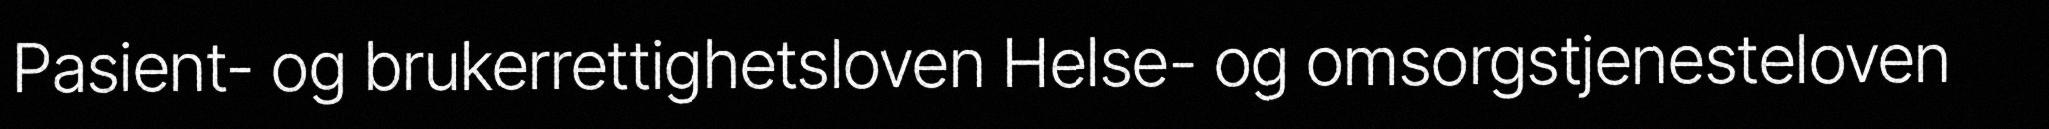
Pasient- og brukerrettighetsloven Helse- og omsorgstjenesteloven